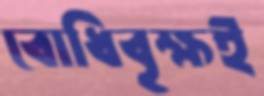
বোধিবৃক্ষই